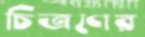
চিত্রণের